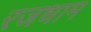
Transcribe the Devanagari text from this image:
रजधाम